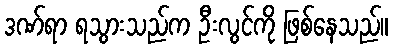
ဒဏ်ရာ ရသွားသည်က ဦးလွင်ကို ဖြစ်နေသည်။